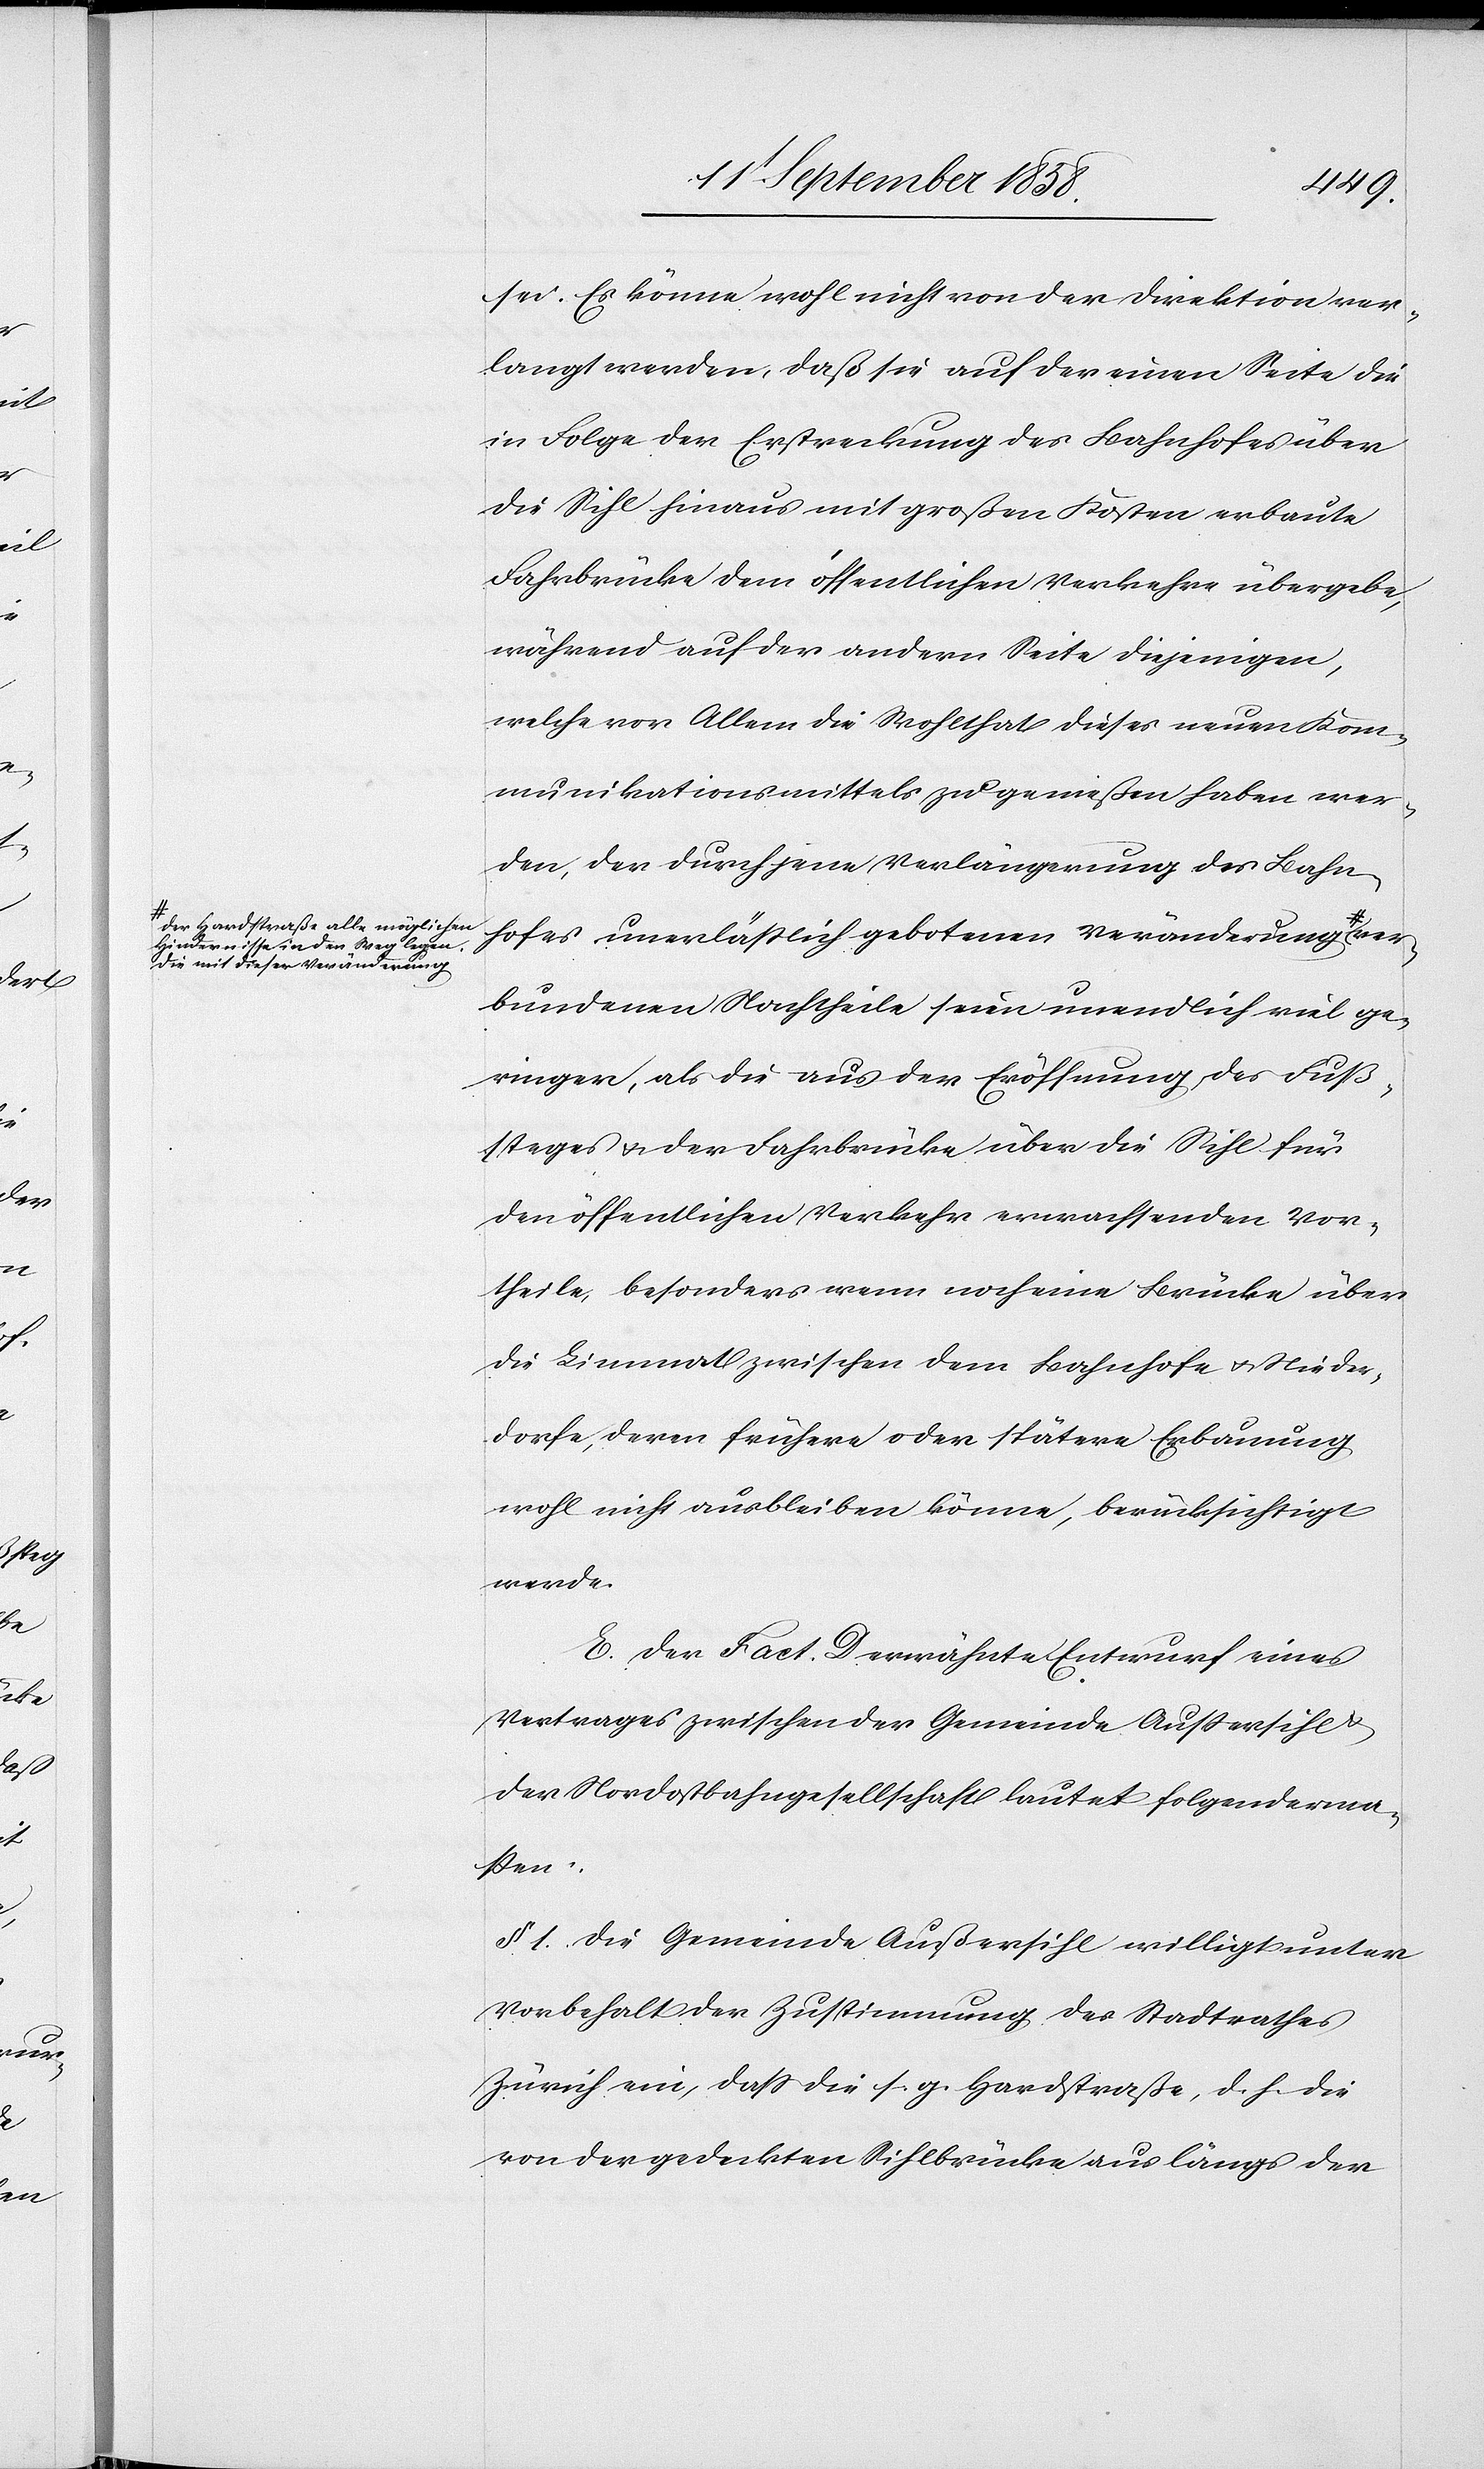
a-der Hardstraße alle möglichen
Hindernisse in den Weg legen.
Die mit dieser Veränderung-a

sei. Es könne wohl nicht von der Direktion ver¬
langt werden, daß sie auf der einen Seite die
in Folge der Erstreckung des Bahnhofes über
die Sihl hinaus mit großen Kosten erbaute
Fahrbrücke dem öffentlichen Verkehre übergebe,
während auf der andern Seite diejenigen,
welche vor Allem die Wohlthat dieses neuen Kom¬
munikationsmittels zu genießen haben wer¬
den, der durch jene Verlängerung des Bahn¬
hofes unerläßlich gebotenen Veränderung
bundenen Nachtheile seien unendlich viel ge¬
ringer, als die aus der Eröffnung des Fuß¬
steges & der Fahrbrücke über die Sihl für
den öffentlichen Verkehr erwachsenden Vor¬
theile, besonders wenn noch eine Brücke über
die Limmat zwischen dem Bahnhofe & Nieder¬
dorfe, deren frühere oder spätere Erbauung
wohl nicht ausbleiben könne, berücksichtigt
werde.
E. Der Fact. D erwähnte Entwurf eines
Vertrages zwischen der Gemeinde Außersihl
der Nordostbahngesellschaft lautet folgenderma¬
ßen:
§ 1. Die Gemeinde Außersihl willigt unter
Vorbehalt der Zustimmung des Stadtrathes
Zürich ein, dass die s. g. Hardstraße, d. h. die
von der gedeckten Sihlbrücke aus längs der